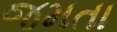
જમતા